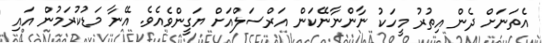
އެތަނަށް ދެން އިތުރު މީހަކު ނާންނާނޭކަން އަރްސަލްއަށް ޔަގީންވެއެވެ. އޭނާ މަޑުކުރަމުން އައި